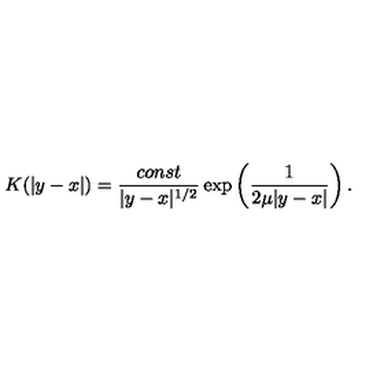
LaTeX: K ( | y - x | ) = \frac { c o n s t } { | y - x | ^ { 1 / 2 } } \exp \left( \frac { 1 } { 2 \mu | y - x | } \right) .